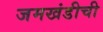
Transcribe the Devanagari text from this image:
जमखंडीची